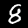
Label: 8